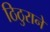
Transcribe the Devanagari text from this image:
ठिठुराने